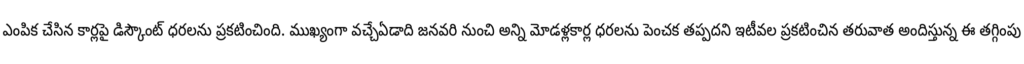
ఎంపిక చేసిన కార్లపై డిస్కౌంట్ ధరలను ప్రకటించింది. ముఖ్యంగా వచ్చేఏడాది జనవరి నుంచి అన్ని మోడళ్లకార్ల ధరలను పెంచక తప్పదని ఇటీవల ప్రకటించిన తరువాత అందిస్తున్న ఈ తగ్గింపు